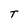
Character: T